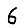
Digit: 6